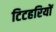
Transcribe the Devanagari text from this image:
टिटहरियों